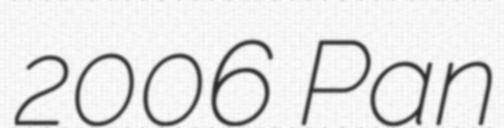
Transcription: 2006 Pan